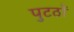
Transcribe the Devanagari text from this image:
पुटठों